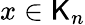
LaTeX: x\in\mathsf{K}_{n}